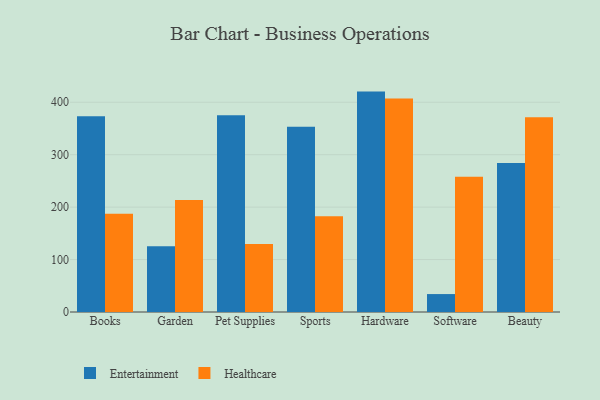
{"axis": {"x": "Category", "y": "Bounce Rate (%)"}, "legend": ["Entertainment", "Healthcare"], "data": [{"x": "Books", "y": 373.2, "type": "Entertainment"}, {"x": "Books", "y": 187.2, "type": "Healthcare"}, {"x": "Garden", "y": 125.2, "type": "Entertainment"}, {"x": "Garden", "y": 213.6, "type": "Healthcare"}, {"x": "Pet Supplies", "y": 375.2, "type": "Entertainment"}, {"x": "Pet Supplies", "y": 129.7, "type": "Healthcare"}, {"x": "Sports", "y": 353.3, "type": "Entertainment"}, {"x": "Sports", "y": 182.7, "type": "Healthcare"}, {"x": "Hardware", "y": 420.3, "type": "Entertainment"}, {"x": "Hardware", "y": 407.0, "type": "Healthcare"}, {"x": "Software", "y": 34.2, "type": "Entertainment"}, {"x": "Software", "y": 258.0, "type": "Healthcare"}, {"x": "Beauty", "y": 284.1, "type": "Entertainment"}, {"x": "Beauty", "y": 371.5, "type": "Healthcare"}]}